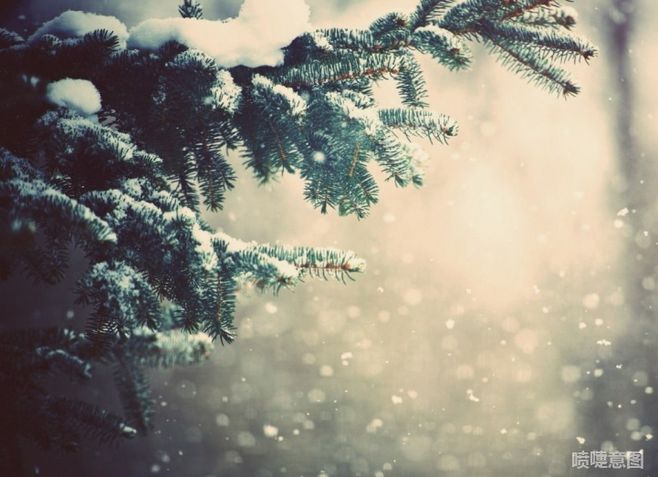
岁不寒无以知松柏，事不难无以知君子